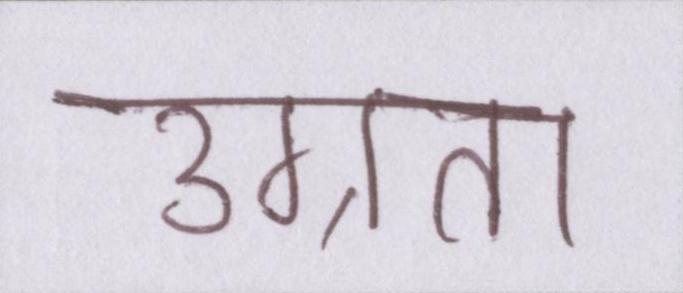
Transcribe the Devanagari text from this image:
उग्रता